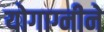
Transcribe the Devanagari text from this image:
योगाग्नीने